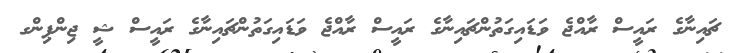
ޗައިނާގެ ރައީސް ރާއްޖެ ވަޑައިގަތުންޗައިނާގެ ރައީސް ރާއްޖެ ވަޑައިގަތުންޗައިނާގެ ރައީސް ޝީ ޖިންޕިންގ